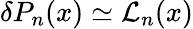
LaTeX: \delta P_{n}(x)\simeq{\cal L}_{n}(x)